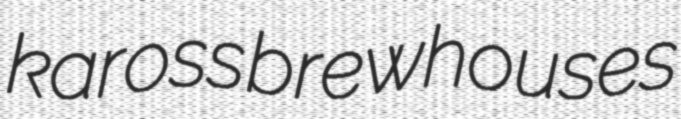
kaross brewhouses